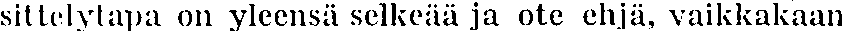
sittelytapa on yleensä selkeää ja ote ehjä, vaikkakaan